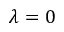
\lambda = 0